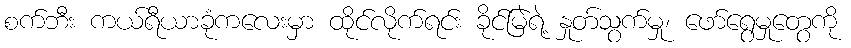
စက်ဘီး ကယ်ရီယာခုံကလေးမှာ ထိုင်လိုက်ရင်း ခိုင်မြဲရဲ့ နှုတ်သွက်မှု၊ ဖော်ရွေမှုတွေကို